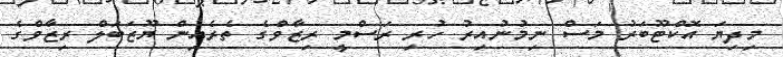
މިދިޔަ އޮކްޓޫބަރު މަސް ނިމުނުއިރު ހުރި ރަސްމީ ރިޒާވްގެ ތެރެއިން ޔޫޒަބަލް ރިޒާވްގެ